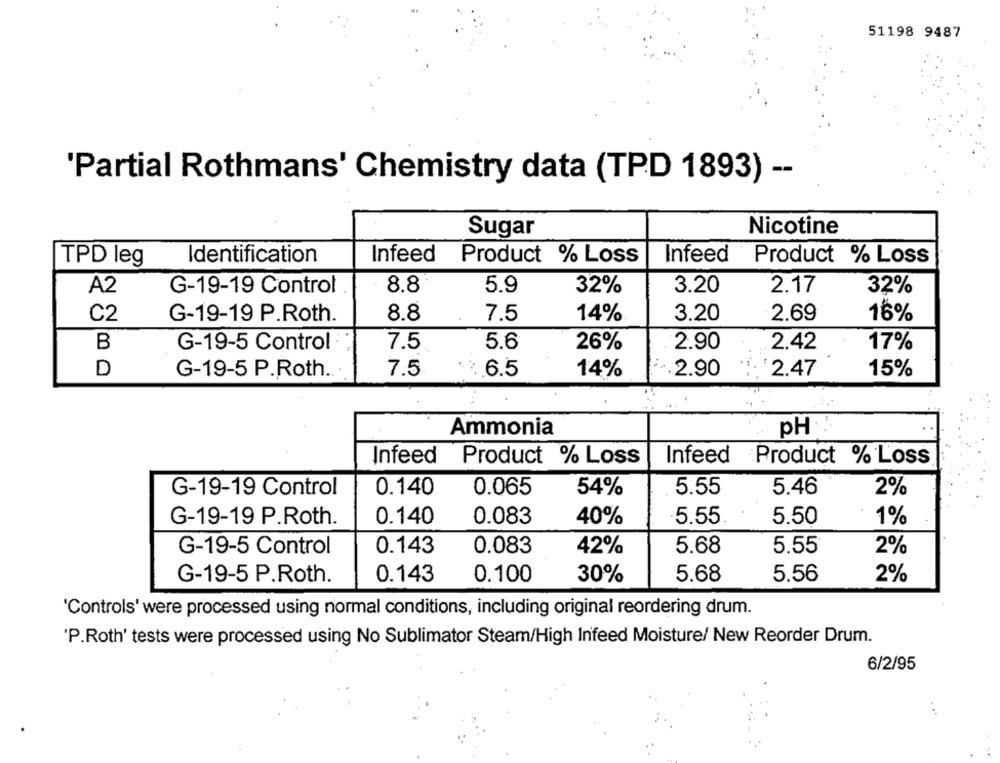
51198 9487
'Partial Rothmans' Chemistry data (TPD 1893) --
Nicotine
Sugar
Identification
Infeed
Product % Loss
Infeed
Product % Loss
TPD leg
A2
G-19-19 Control
8.8
5.9
32%
3.20
2.17
32%
C2
G-19-19 P.Roth.
8.8
7.5
14%
3.20
2.69
16%
B
G-19-5 Control
7.5
5.6
26%
2.90
2.42
17%
D
G-19-5 P.Roth.
7.5
6.5
14%
.2.90
2.47
15%
Ammonia
PH
Infeed
Product % Loss
Infeed
Product % Loss
G-19-19 Control
0.140
0.065
54%
5.55
5.46
2%
0.140
0.083
40%
5.55
5.50
1%
G-19-19 P.Roth.
0.143
0.083
42%
5.68
5.55
2%
G-19-5 Control
G-19-5 P.Roth.
0.143
0.100
30%
5.68
5,56
2%
'Controls' were processed using normal conditions, including original reordering drum.
'P.Roth' tests were processed using No Sublimator Steam/High Infeed Moisture/ New Reorder Drum.
6/2/95